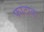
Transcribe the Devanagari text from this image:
फाटाक